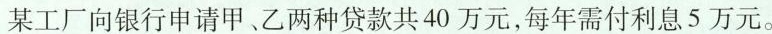
某工厂向银行申请甲、乙两种贷款共40万元，每年需付利息5万元。